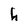
Character: h